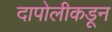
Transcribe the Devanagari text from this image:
दापोलीकडून